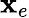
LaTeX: \mathbf{x}_{e}